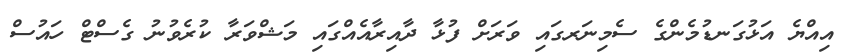
އިއްޔެ އަޅުގަނޑުމެންގެ ސެމިނަރގައި ވަރަށް ފުޅާ ދާއިރާއެއްގައި މަޝްވަރާ ކުރެވުނު ގެސްޓް ހައުސް